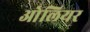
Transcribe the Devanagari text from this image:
ओलियर